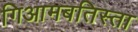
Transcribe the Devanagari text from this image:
गिआमबतिस्ता